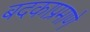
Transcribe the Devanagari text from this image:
बदकाप्रमाणे